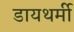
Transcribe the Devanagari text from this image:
डायथर्मी